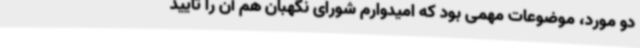
دو مورد، موضوعات مهمی بود که امیدوارم شورای نگهبان هم آن را تایید